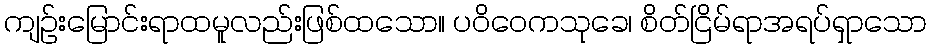
ကျဉ်းမြောင်းရာထမူလည်းဖြစ်ထသော။ ပဝိဝေကသုခေ၊ စိတ်ငြိမ်ရာအရပ်ရှာသော